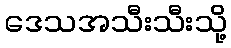
ဒေသအသီးသီးသို့